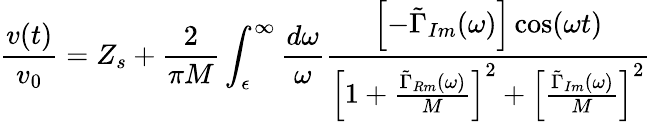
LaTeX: \frac{v(t)}{v_{0}}=Z_{s}+\frac{2}{\pi M}\int_{\epsilon}^{\infty}\frac{d\omega}{\omega}\frac{\left[-\tilde{\Gamma}_{Im}(\omega)\right]\cos(\omega t)}{\left[1+\frac{\tilde{\Gamma}_{Rm}(\omega)}{M}\right]^{2}+\left[\frac{\tilde{\Gamma}_{Im}(\omega)}{M}\right]^{2}}